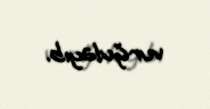
vurğulayıb.